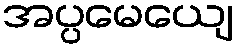
အပ္ပမေယျေ